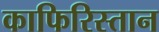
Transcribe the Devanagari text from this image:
काफिरिस्तान